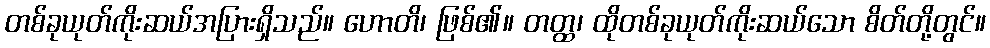
တစ်ခုယုတ်ကိုးဆယ်အပြားရှိသည်။ ဟောတိ၊ ဖြစ်၏။ တတ္ထ၊ ထိုတစ်ခုယုတ်ကိုးဆယ်သော စိတ်တို့တွင်။